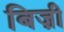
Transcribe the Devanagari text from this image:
बिज़ी